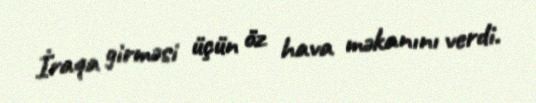
İraqa girməsi üçün öz hava məkanını verdi.